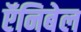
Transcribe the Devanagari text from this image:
ऍनिबेल